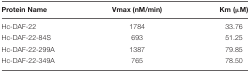
<table><thead><tr><td><b>Protein Name</b></td><td><b>Vmax (nM/min)</b></td><td><b>Km (μM)</b></td></tr></thead><tbody><tr><td>Hc-DAF-22</td><td>1784</td><td>33.76</td></tr><tr><td>Hc-DAF-22-84S</td><td>693</td><td>51.25</td></tr><tr><td>Hc-DAF-22-299A</td><td>1387</td><td>79.85</td></tr><tr><td>Hc-DAF-22-349A</td><td>765</td><td>78.50</td></tr></tbody></table>